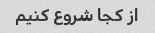
از کجا شروع کنیم